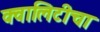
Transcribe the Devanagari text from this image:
क्वालिटीचा